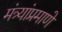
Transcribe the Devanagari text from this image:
मंत्र्यांप्रमाणे